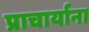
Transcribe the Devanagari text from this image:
प्राचार्याना